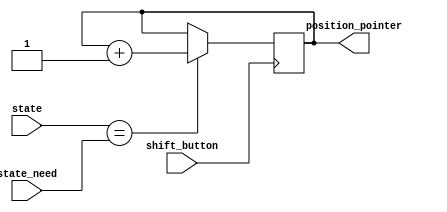
// after button click it shift pointer to next number
module shift_anode(
input shift_button,
input [2:0] state,
input [2:0] state_need,
output reg [2:0] position_pointer = 'd0
);

always@ (posedge shift_button)
if(state == state_need)
begin
	begin
		position_pointer <= position_pointer + 1;
	end
end

endmodule